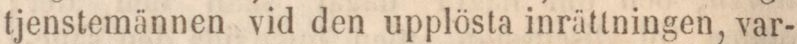
tjenstemännen vid den upplösta inrättningen, var-